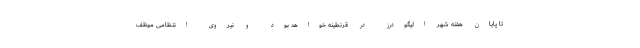
تا پایان هفته شهر الیگودرز در قرنطینه خواهد بود و نیروی انتظامی موظف